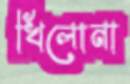
খিলোনা